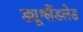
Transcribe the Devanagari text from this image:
ड्यूश्लैंडलेड